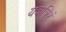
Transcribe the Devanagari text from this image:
यवाशिरं